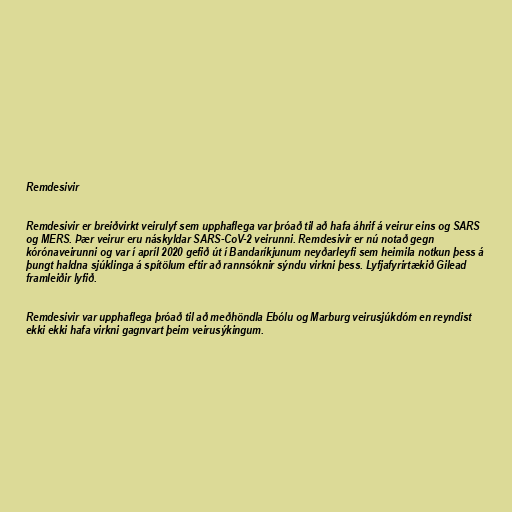
Remdesivir

Remdesivir er breiðvirkt veirulyf sem upphaflega var þróað til að hafa áhrif á veirur eins og SARS
og MERS. Þær veirur eru náskyldar SARS-CoV-2 veirunni. Remdesivir er nú notað gegn
kórónaveirunni og var í apríl 2020 gefið út í Bandaríkjunum neyðarleyfi sem heimila notkun þess á
þungt haldna sjúklinga á spítölum eftir að rannsóknir sýndu virkni þess. Lyfjafyrirtækið Gilead
framleiðir lyfið.

Remdesivir var upphaflega þróað til að meðhöndla Ebólu og Marburg veirusjúkdóm en reyndist
ekki ekki hafa virkni gagnvart þeim veirusýkingum.